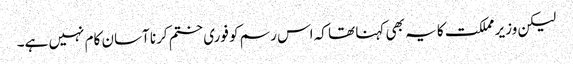
لیکن وزیر مملکت کا یہ بھی کہنا تھا کہ اس رسم کو فوری ختم کرنا آسان کام نہیں ہے۔